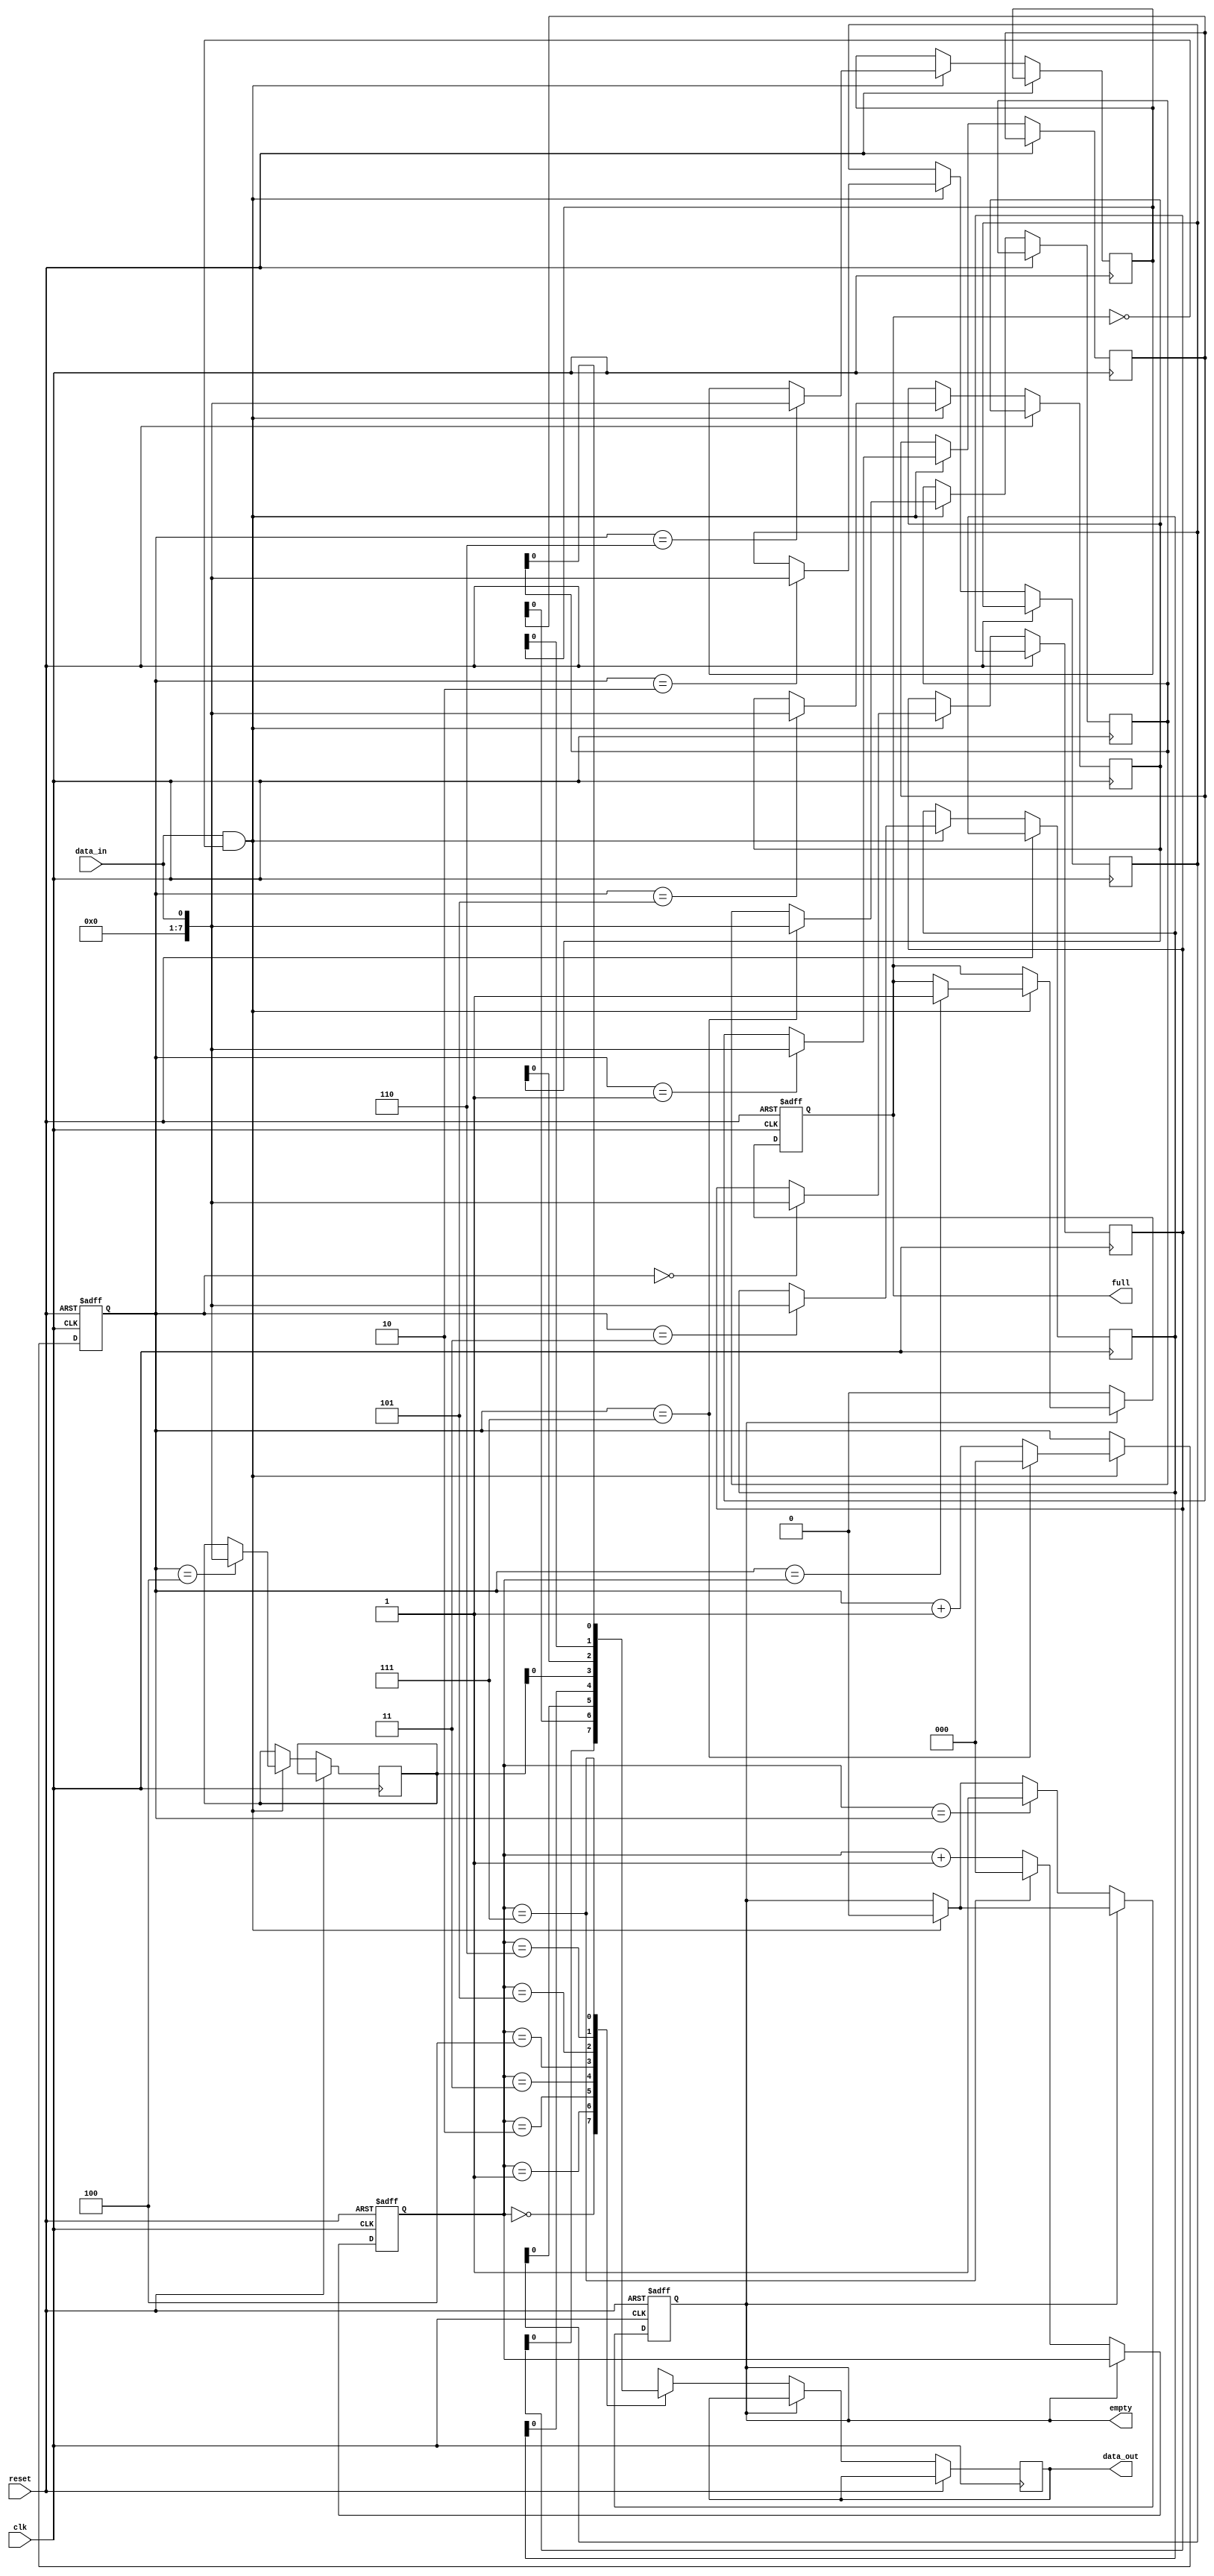
module Almost_Empty_FIFO(
    input clk, // Clock signal
    input reset, // Reset signal
    input data_in, // Input data signal
    output reg data_out, // Output data signal
    output reg full, // Full flag
    output reg empty // Empty flag
);

reg [7:0] buffer [0:7]; // Creating a 8-byte FIFO buffer
reg [2:0] write_ptr, read_ptr; // Write and read pointers

always @(posedge clk or posedge reset) begin
    if (reset) begin
        write_ptr <= 0;
        read_ptr <= 0;
        full <= 0;
        empty <= 1;
    end else begin
        if (data_in && !full) begin
            buffer[write_ptr] <= data_in;
            write_ptr <= (write_ptr == 7) ? 0 : write_ptr + 1;
            if (write_ptr == read_ptr) begin
                full <= 1;
            end
            empty <= 0;
        end
        
        if (!empty) begin
            data_out <= buffer[read_ptr];
            read_ptr <= (read_ptr == 7) ? 0 : read_ptr + 1;
            full <= 0;
            if (read_ptr == write_ptr) begin
                empty <= 1;
            end
        end
    end
end

endmodule